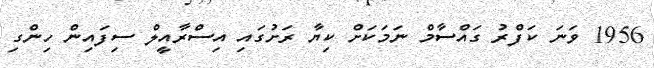
1956 ވަނަ ކަފްރު ގައްސާމް ނަމަކަށް ކިޔާ ރަށުގައި އިސްރާއީލް ސިފައިން ހިންގި